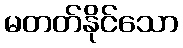
မတတ်နိုင်သော